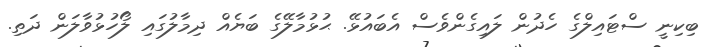
ބިކިނީ ސްޓައިލްގެ ހެދުން ލައިގެންވެސް އެބައުޅޭ. ޙުޅުމާލޭގެ ބަޔެއް ދިމާލުގައި ލޯހުޅުވާލަން ދަތި.